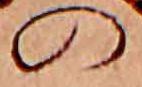
の